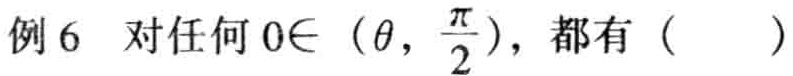
例6 对任何$0\in(\theta,\frac{\pi}{2})$，都有（  ）